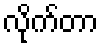
လိုက်တာ